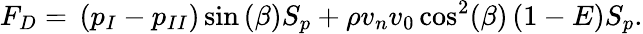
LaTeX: F_{D}={}\left({p_{I}}-{p_{II}}\right)\sin{(\beta)}{S_{p}}+\rho{v_{n}}v_{0}\cos^{2}(\beta)\left(1-E\right){S_{p}}.